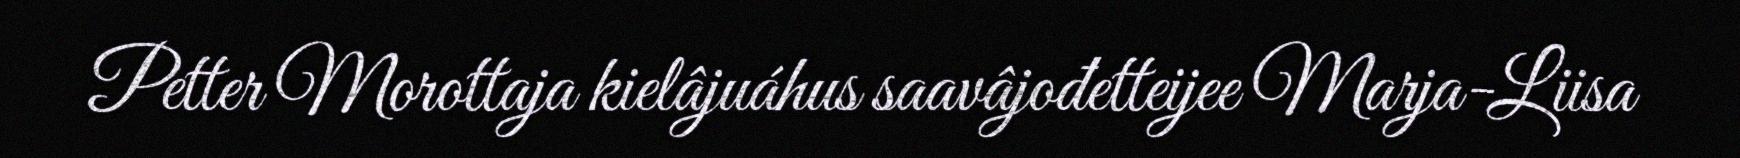
Petter Morottaja kielâjuáhus saavâjođetteijee Marja-Liisa